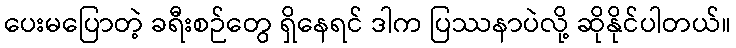
ပေးမပြောတဲ့ ခရီးစဉ်တွေ ရှိနေရင် ဒါက ပြဿနာပဲလို့ ဆိုနိုင်ပါတယ်။